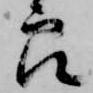
郎